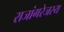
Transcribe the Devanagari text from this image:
राजांगरेजस्य